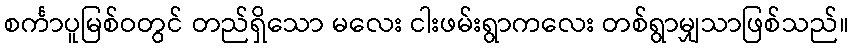
စင်္ကာပူမြစ်ဝတွင် တည်ရှိသော မလေး ငါးဖမ်းရွာကလေး တစ်ရွာမျှသာဖြစ်သည်။